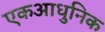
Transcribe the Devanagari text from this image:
एकआधुनिक